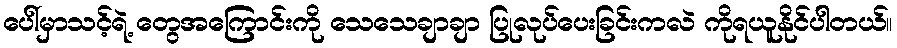
ပေါ်မှာသင့်ရဲ့ တွေအကြောင်းကို သေသေချာချာ ပြုလုပ်ပေးခြင်းကလဲ ကိုရယူနိုင်ပါတယ်။